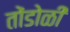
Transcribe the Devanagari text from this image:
तोंडोळी